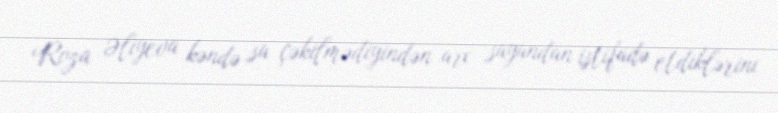
Roza Əliyeva kəndə su çəkilmədiyindən arx suyundan istifadə etdiklərini